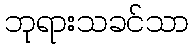
ဘုရားသခင်သာ